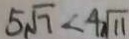
5 \sqrt { 7 } < 4 \sqrt { 1 1 }